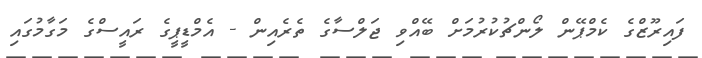
ފައިރޫޒްގެ ކެމްޕޭން ލޯންޗުކުރުމަށް ބޭއްވި ޖަލްސާގެ ތެރެއިން - އެމްޑީޕީގެ ރައީސްގެ މަގާމުގައި